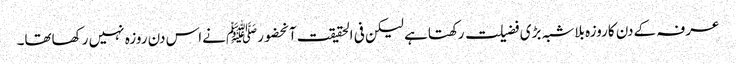
عرفہ کےدن کاروزہ بلاشبہ بڑی فضیلت رکھتاہے لیکن فی الحقیقت آنحضورﷺنےاس دن روزہ نہیں رکھاتھا۔